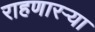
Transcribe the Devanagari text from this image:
राहणारऱ्या